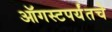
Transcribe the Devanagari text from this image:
ऑगस्टपर्यंतचे